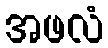
အဖလံ